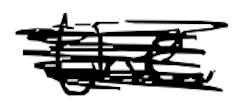
Text: the
Cross-out: scratch
Writing tool: digital_black